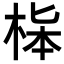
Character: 𣒬